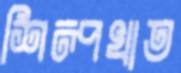
শিল্পখাত